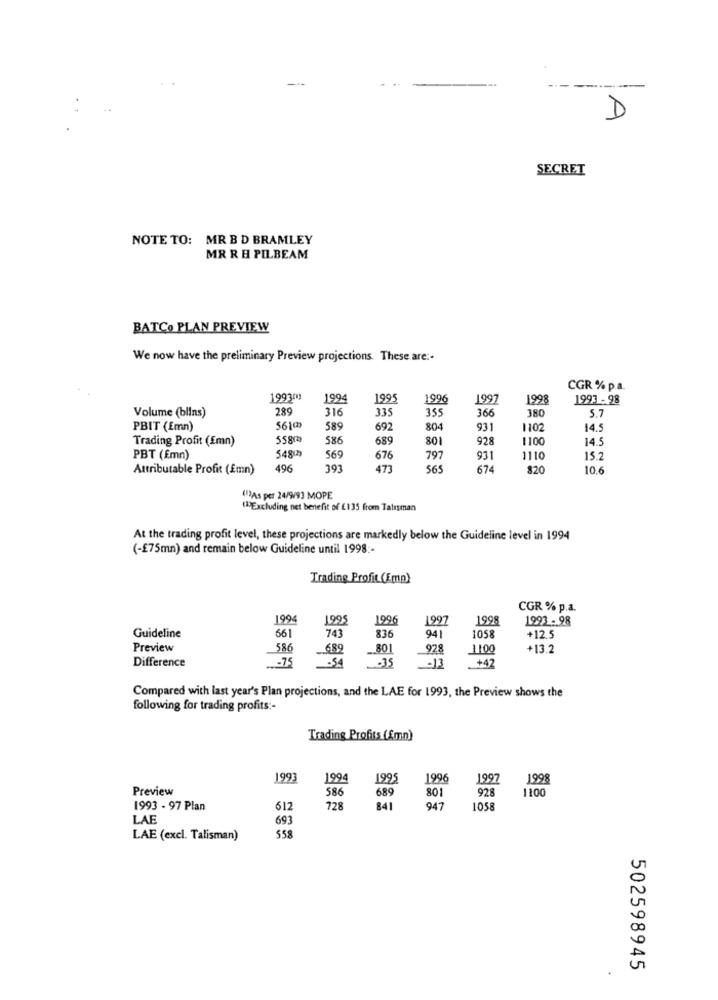
-
D
SECRET
NOTE TO: MR B D BRAMLEY
MR R H PILBEAM
BATCO PLAN PREVIEW
We now have the preliminary Preview projections. These are :-
CGR % p.a.
199301
1994
1995
1996
1997
1998
1993 - 98
Volume (blins)
289
316
335
355
366
380
5.7
PBIT (Emn)
561₥
589
692
804
93
1102
14.5
Trading Profit (Emn)
558m
586
689
801
928
1100
14.5
548(3)
PBT (Emn)
569
676
797
931
1110
15.2
Attributable Profit (Emn)
496
393
473
565
674
820
10.6
(1)As per 24/9/93 MOPE
(Excluding net benefit of €135 from Talisman
At the trading profit level, these projections are markedly below the Guideline level in 1994
(-£75mn) and remain below Guideline until 1998 :-
Trading Profit (Fmp)
CGR % p.a.
1994
1995
1996
1997
1998
1993- 98
561
743
836
941
Guideline
1058
+12.5
Preview
586
689
801
928
+13.2
Difference
-75
-54
.35
-13
+42
Compared with last year's Plan projections, and the LAE for 1993, the Preview shows the
following for trading profits :-
Trading Profits (fmn)
1993
1994
1995
1996
1997
1998
Preview
586
689
801
928
1100
1993 - 97 Plan
612
728
841
947
1058
LAE
693
LAE (excl. Talisman)
558
502598945